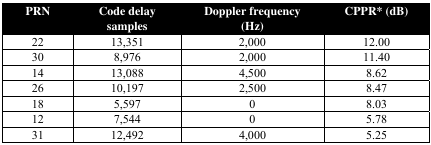
<table><thead><tr><td><b>PRN</b></td><td><b>Code delay samples</b></td><td><b>Doppler frequency (Hz)</b></td><td><b>CPPR* (dB)</b></td></tr></thead><tbody><tr><td>22</td><td>13,351</td><td>2,000</td><td>12.00</td></tr><tr><td>30</td><td>8,976</td><td>2,000</td><td>11.40</td></tr><tr><td>14</td><td>13,088</td><td>4,500</td><td>8.62</td></tr><tr><td>26</td><td>10,197</td><td>2,500</td><td>8.47</td></tr><tr><td>18</td><td>5,597</td><td>0</td><td>8.03</td></tr><tr><td>12</td><td>7,544</td><td>0</td><td>5.78</td></tr><tr><td>31</td><td>12,492</td><td>4,000</td><td>5.25</td></tr></tbody></table>